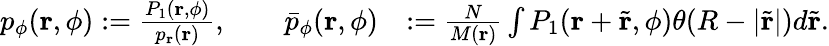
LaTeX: \begin{array}{rl}{p_{\phi}(\mathbf{r},\phi):=\frac{P_{1}(\mathbf{r},\phi)}{p_{\mathbf{r}}(\mathbf{r})},\qquad\bar{p}_{\phi}(\mathbf{r},\phi)}&{:=\frac{N}{M(\mathbf{r})}\int P_{1}(\mathbf{r}+\tilde{\mathbf{r}},\phi)\theta(R-|\tilde{\mathbf{r}}|)d\tilde{\mathbf{r}}.}\end{array}